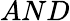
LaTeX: AND